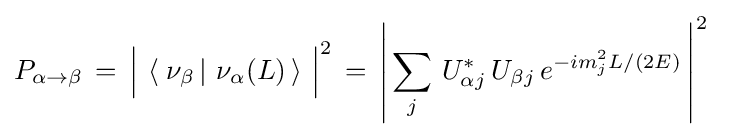
P_{\alpha \rightarrow \beta }\,=\,{\Bigl |}\,\left\langle \,\left.\nu _{\beta }\,\right|\,\nu _{\alpha }(L)\,\right\rangle \,{\Bigr |}^{2}\,=\,\left|\,\sum _{j}\,U_{\alpha j}^{*}\,U_{\beta j}\,e^{-im_{j}^{2}L/(2E)}\,\right|^{2}~